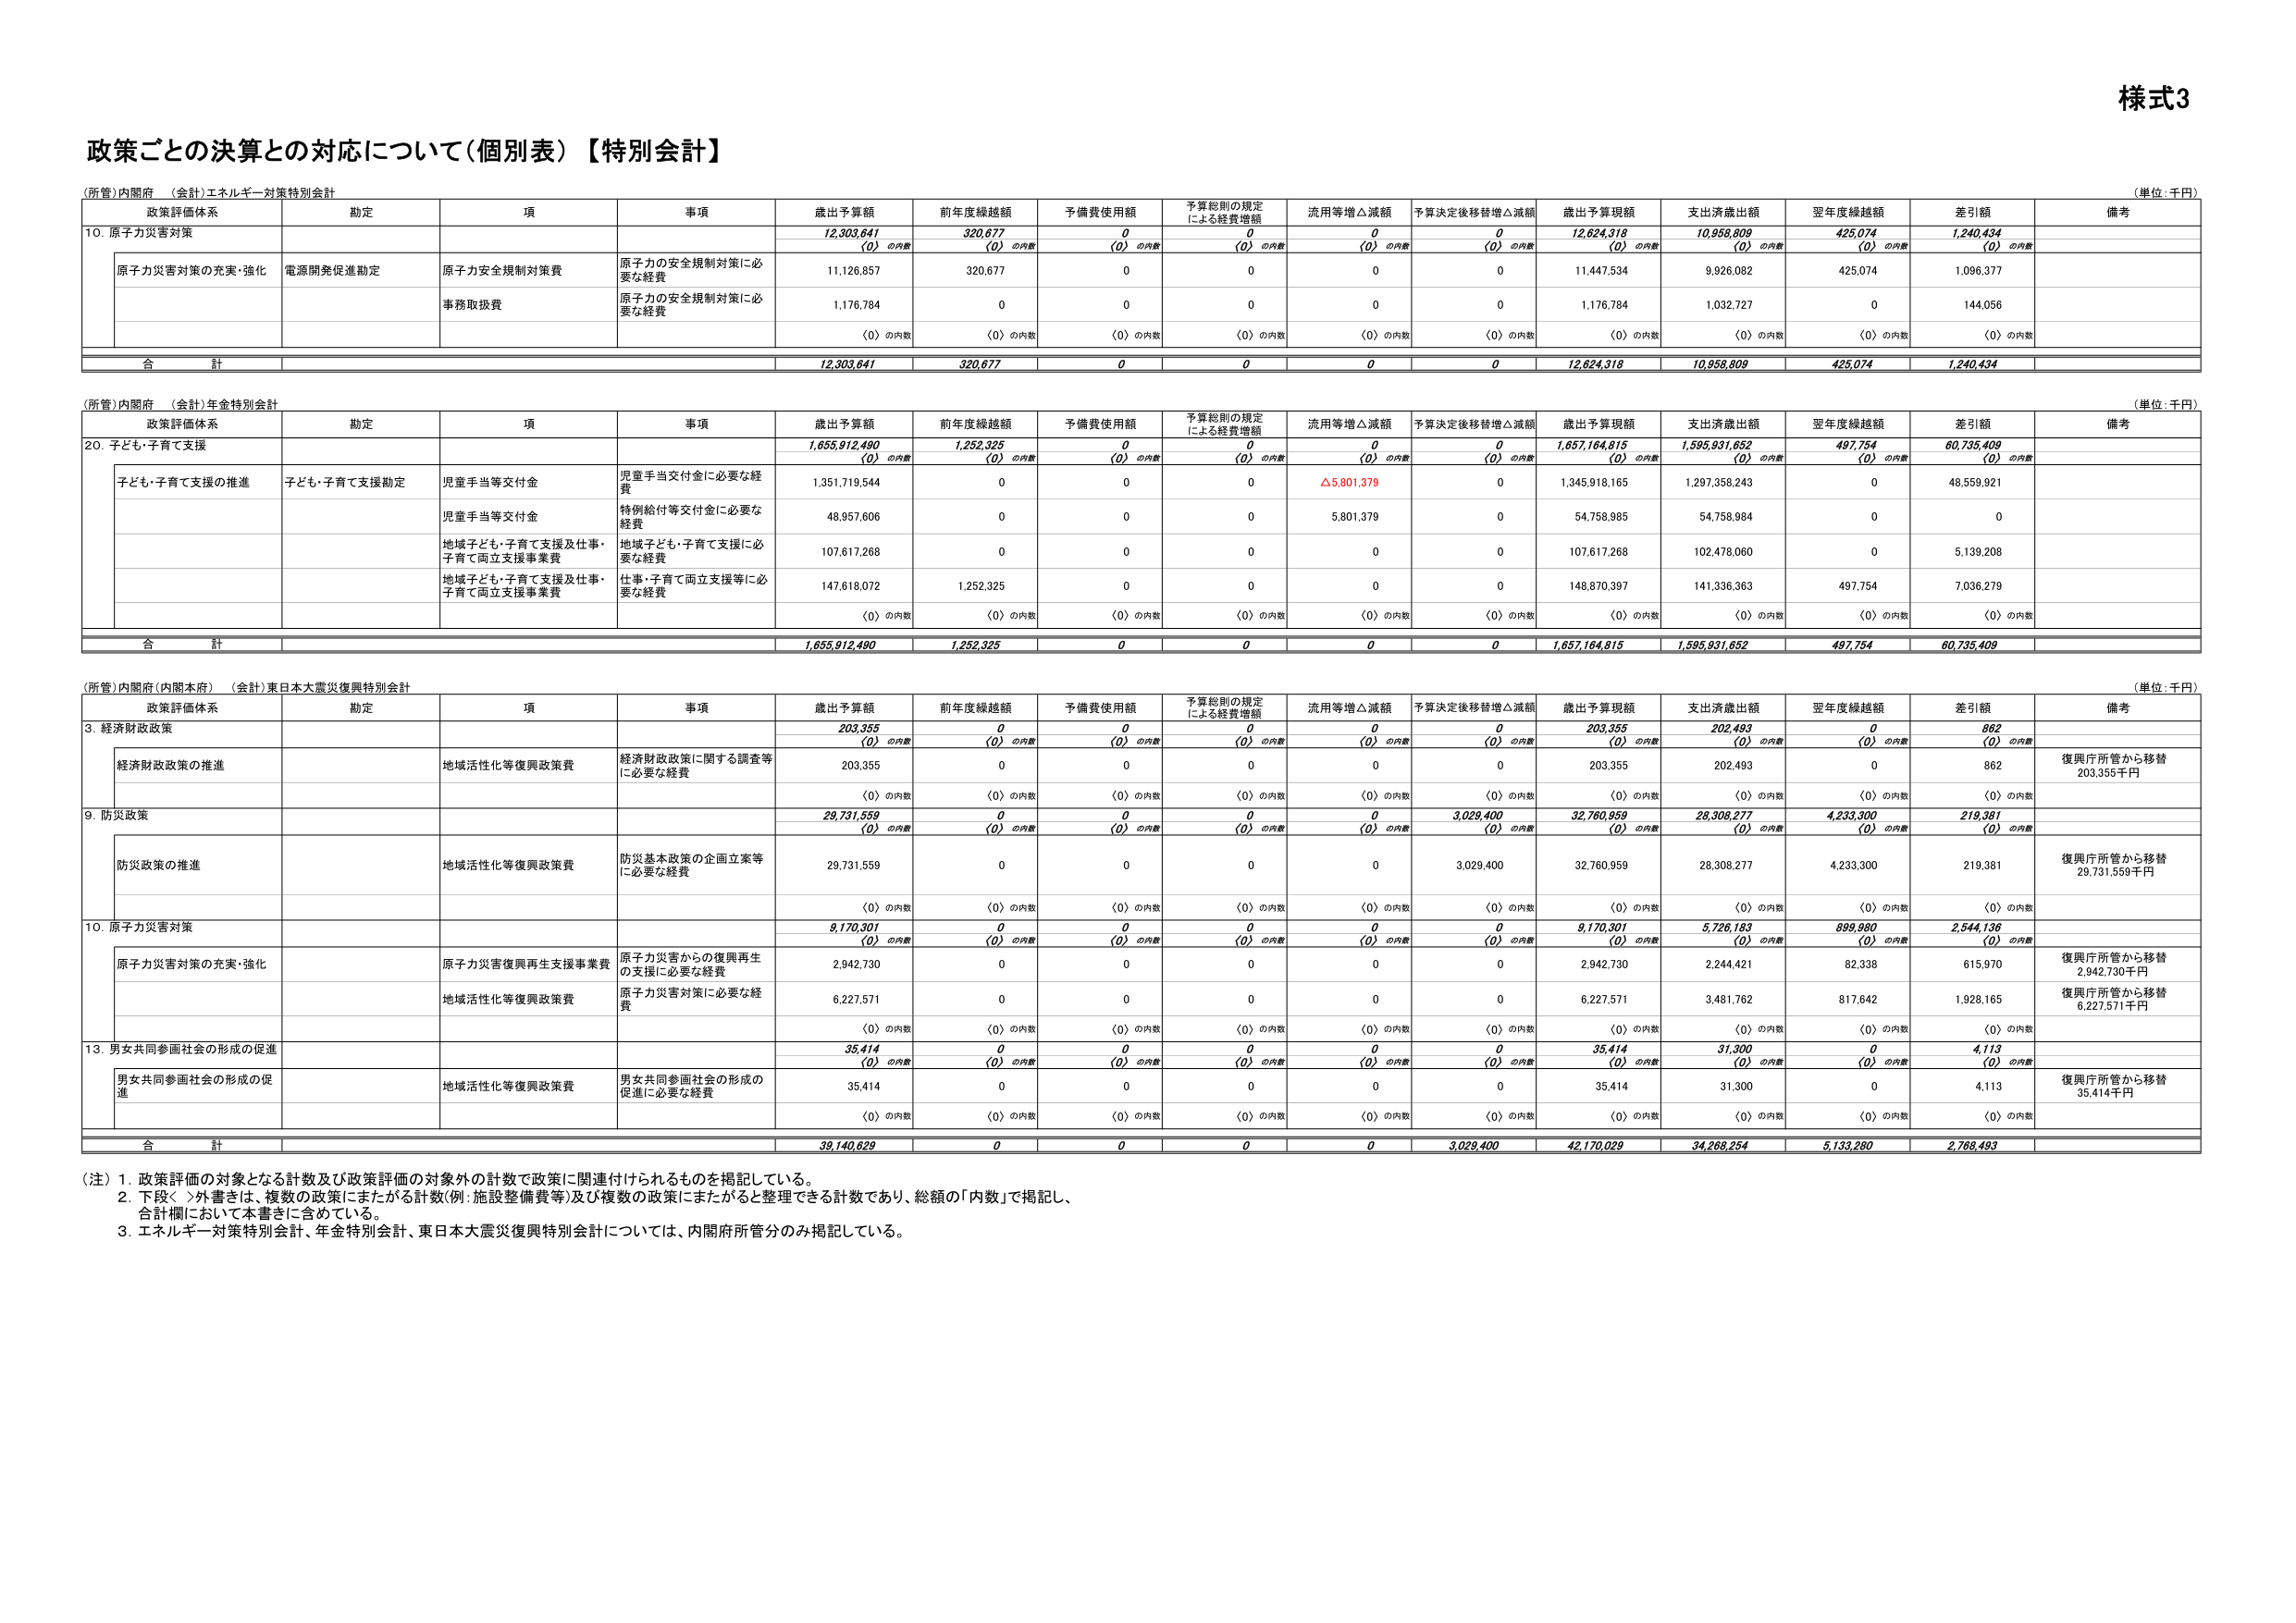
様式3

政策ごとの決算との対応について（個別表）【特別会計】

（所管）内閣府 （会計）エネルギー対策特別会計
（単位：千円）

政策評価体系 勘定 項 事項 歳出予算額 前年度繰越額 予備費使用額 予算総則の規定による経費増額 流用等増△減額 予算決定後移替増△減額 歳出予算現額 支出済歳出額 翌年度繰越額 差引額 備考

10．原子力災害対策
12,303,641 320,677 0 0 0 0 12,624,318 10,958,809 425,074 1,240,434
〈0〉の内数 〈0〉の内数 〈0〉の内数 〈0〉の内数 〈0〉の内数 〈0〉の内数 〈0〉の内数 〈0〉の内数 〈0〉の内数 〈0〉の内数

原子力災害対策の充実・強化 電源開発促進勘定 原子力安全規制対策費 原子力の安全規制対策に必要な経費 11,126,857 320,677 0 0 0 0 11,447,534 9,926,082 425,074 1,096,377

事務取扱費 原子力の安全規制対策に必要な経費 1,176,784 0 0 0 0 0 1,176,784 1,032,727 0 144,056

〈0〉の内数 〈0〉の内数 〈0〉の内数 〈0〉の内数 〈0〉の内数 〈0〉の内数 〈0〉の内数 〈0〉の内数 〈0〉の内数 〈0〉の内数

合 計 12,303,641 320,677 0 0 0 0 12,624,318 10,958,809 425,074 1,240,434

（所管）内閣府 （会計）年金特別会計
（単位：千円）

政策評価体系 勘定 項 事項 歳出予算額 前年度繰越額 予備費使用額 予算総則の規定による経費増額 流用等増△減額 予算決定後移替増△減額 歳出予算現額 支出済歳出額 翌年度繰越額 差引額 備考

20．子ども・子育て支援
1,655,912,490 1,252,325 0 0 0 0 1,657,164,815 1,595,931,652 497,754 60,735,409
〈0〉の内数 〈0〉の内数 〈0〉の内数 〈0〉の内数 〈0〉の内数 〈0〉の内数 〈0〉の内数 〈0〉の内数 〈0〉の内数 〈0〉の内数

子ども・子育て支援の推進 子ども・子育て支援勘定 児童手当等交付金 児童手当交付金に必要な経費 1,351,719,544 0 0 0 △5,801,379 0 1,345,918,165 1,297,358,243 0 48,559,921

児童手当等交付金 特例給付等交付金に必要な経費 48,957,606 0 0 0 5,801,379 0 54,758,985 54,758,984 0 0

地域子ども・子育て支援及び仕事・子育て両立支援事業費 地域子ども・子育て支援に必要な経費 107,617,268 0 0 0 0 0 107,617,268 102,478,060 0 5,139,208

地域子ども・子育て支援及び仕事・子育て両立支援事業費 仕事・子育て両立支援等に必要な経費 147,618,072 1,252,325 0 0 0 0 148,870,397 141,336,363 497,754 7,036,279

〈0〉の内数 〈0〉の内数 〈0〉の内数 〈0〉の内数 〈0〉の内数 〈0〉の内数 〈0〉の内数 〈0〉の内数 〈0〉の内数 〈0〉の内数

合 計 1,655,912,490 1,252,325 0 0 0 0 1,657,164,815 1,595,931,652 497,754 60,735,409

（所管）内閣府（内閣本府） （会計）東日本大震災復興特別会計
（単位：千円）

政策評価体系 勘定 項 事項 歳出予算額 前年度繰越額 予備費使用額 予算総則の規定による経費増額 流用等増△減額 予算決定後移替増△減額 歳出予算現額 支出済歳出額 翌年度繰越額 差引額 備考

3．経済財政政策
203,355 0 0 0 0 0 203,355 202,493 0 862
〈0〉の内数 〈0〉の内数 〈0〉の内数 〈0〉の内数 〈0〉の内数 〈0〉の内数 〈0〉の内数 〈0〉の内数 〈0〉の内数 〈0〉の内数

経済財政政策の推進 地域活性化等復興政策費 経済財政政策に関する調査等に必要な経費 203,355 0 0 0 0 0 203,355 202,493 0 862 復興庁所管から移替 203,355千円

〈0〉の内数 〈0〉の内数 〈0〉の内数 〈0〉の内数 〈0〉の内数 〈0〉の内数 〈0〉の内数 〈0〉の内数 〈0〉の内数 〈0〉の内数

9．防災政策
29,731,559 0 0 0 0 3,029,400 32,760,959 28,308,277 4,233,300 219,381
〈0〉の内数 〈0〉の内数 〈0〉の内数 〈0〉の内数 〈0〉の内数 〈0〉の内数 〈0〉の内数 〈0〉の内数 〈0〉の内数 〈0〉の内数

防災政策の推進 地域活性化等復興政策費 防災基本政策の企画立案等に必要な経費 29,731,559 0 0 0 0 3,029,400 32,760,959 28,308,277 4,233,300 219,381 復興庁所管から移替 29,731,559千円

〈0〉の内数 〈0〉の内数 〈0〉の内数 〈0〉の内数 〈0〉の内数 〈0〉の内数 〈0〉の内数 〈0〉の内数 〈0〉の内数 〈0〉の内数

10．原子力災害対策
9,170,301 0 0 0 0 0 9,170,301 5,726,183 899,980 2,544,136
〈0〉の内数 〈0〉の内数 〈0〉の内数 〈0〉の内数 〈0〉の内数 〈0〉の内数 〈0〉の内数 〈0〉の内数 〈0〉の内数 〈0〉の内数

原子力災害対策の充実・強化 原子力災害復興再生支援事業費 原子力災害からの復興再生の支援に必要な経費 2,942,730 0 0 0 0 0 2,942,730 2,244,421 82,338 615,970 復興庁所管から移替 2,942,730千円

地域活性化等復興政策費 原子力災害対策に必要な経費 6,227,571 0 0 0 0 0 6,227,571 3,481,762 817,642 1,928,165 復興庁所管から移替 6,227,571千円

〈0〉の内数 〈0〉の内数 〈0〉の内数 〈0〉の内数 〈0〉の内数 〈0〉の内数 〈0〉の内数 〈0〉の内数 〈0〉の内数 〈0〉の内数

13．男女共同参画社会の形成の促進
35,414 0 0 0 0 0 35,414 31,300 0 4,113
〈0〉の内数 〈0〉の内数 〈0〉の内数 〈0〉の内数 〈0〉の内数 〈0〉の内数 〈0〉の内数 〈0〉の内数 〈0〉の内数 〈0〉の内数

男女共同参画社会の形成の促進 地域活性化等復興政策費 男女共同参画社会の形成の促進に必要な経費 35,414 0 0 0 0 0 35,414 31,300 0 4,113 復興庁所管から移替 35,414千円

〈0〉の内数 〈0〉の内数 〈0〉の内数 〈0〉の内数 〈0〉の内数 〈0〉の内数 〈0〉の内数 〈0〉の内数 〈0〉の内数 〈0〉の内数

合 計 39,140,629 0 0 0 0 3,029,400 42,170,029 34,268,254 5,133,280 2,768,493

（注）1．政策評価の対象となる計数及び政策評価の対象外の計数で政策に関連付けられるものを掲記している。
2．下段＜＞外書きは、複数の政策にまたがる計数（例：施設整備費等）及び複数の政策にまたがると整理できる計数であり、総額の「内数」で掲記し、合計欄において本書きに含めている。
3．エネルギー対策特別会計、年金特別会計、東日本大震災復興特別会計については、内閣府所管分のみ掲記している。